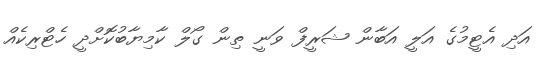
އަދި އެޓީމުގެ އަލީ އަބާން ޝަރީފް ވަނީ ތިން ގޯލް ކާމިޔާބުކޮށްދީ ހެޓްރިކެއް